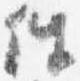
件